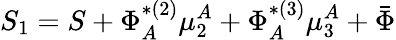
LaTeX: S_{1}=S+\Phi_{A}^{*(2)}\mu_{2}^{A}+\Phi_{A}^{*(3)}\mu_{3}^{A}+\bar{\Phi}